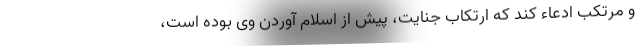
و مرتکب ادعاء کند که ارتکاب جنایت، پیش از اسلام آوردن وی بوده است،